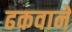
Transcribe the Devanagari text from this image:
ढकवाने